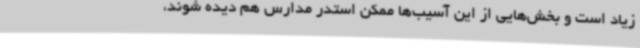
زیاد است و بخش‌هایی از این آسیب‌ها ممکن استدر مدارس هم دیده شوند،